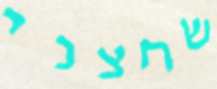
שחצני